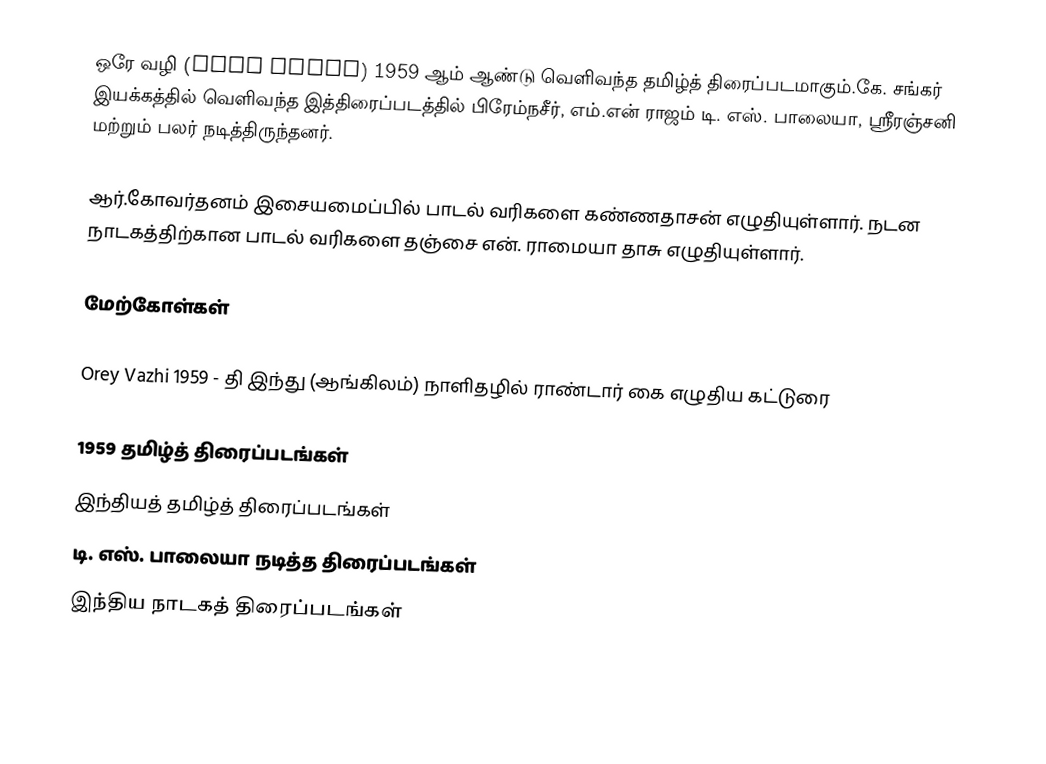
ஒரே வழி (Orey Vazhi) 1959 ஆம் ஆண்டு வெளிவந்த தமிழ்த் திரைப்படமாகும்.கே. சங்கர் இயக்கத்தில் வெளிவந்த இத்திரைப்படத்தில் பிரேம்நசீர், எம்.என் ராஜம் டி. எஸ். பாலையா, ஸ்ரீரஞ்சனி மற்றும் பலர் நடித்திருந்தனர்.

ஆர்.கோவர்தனம் இசையமைப்பில் பாடல் வரிகளை கண்ணதாசன் எழுதியுள்ளார். நடன நாடகத்திற்கான பாடல் வரிகளை தஞ்சை என். ராமையா தாசு எழுதியுள்ளார்.

மேற்கோள்கள்

Orey Vazhi 1959 - தி இந்து (ஆங்கிலம்) நாளிதழில் ராண்டார் கை எழுதிய கட்டுரை

1959 தமிழ்த் திரைப்படங்கள்
இந்தியத் தமிழ்த் திரைப்படங்கள்
டி. எஸ். பாலையா நடித்த திரைப்படங்கள்
இந்திய நாடகத் திரைப்படங்கள்